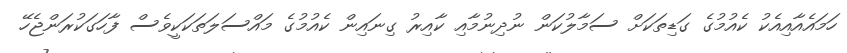
ހަމައެއާއިއެކު ކެއުމުގެ ގަޑިތަކަށް ސަމާލުކަން ނުދިނުމާއި ކާއިރު ގިނައިން ކެއުމުގެ މައްސަލަތަކަކީވެސް ފާހަގަކުރަންޖެހޭ